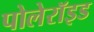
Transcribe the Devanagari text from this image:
पोलेरॉइड